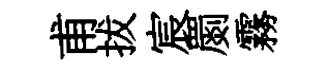
甫拔宸罽霧